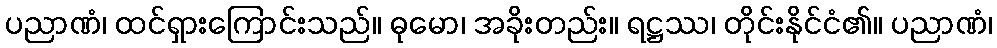
ပညာဏံ၊ ထင်ရှားကြောင်းသည်။ ဓုမော၊ အခိုးတည်း။ ရဋ္ဌဿ၊ တိုင်းနိုင်ငံ၏။ ပညာဏံ၊